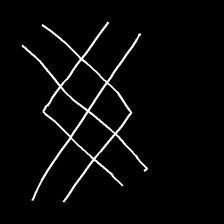
Glyph: crystal